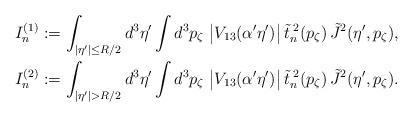
LaTeX: \begin{align*}I_n^{(1)} := \int_{|\eta'| \leq R/2} d^3 \eta' \int d^3 p_\zeta \; \bigl| V_{13}(\alpha' \eta')\bigr| \,{\tilde t}^{\; 2}_n (p_\zeta) \, {\tilde J}^2 (\eta', p_\zeta) , \\I_n^{(2)} := \int_{|\eta'|>R/2} d^3 \eta' \int d^3 p_\zeta \; \bigl| V_{13}(\alpha' \eta')\bigr| \,{\tilde t}^{\; 2}_n (p_\zeta) \, {\tilde J}^2 (\eta', p_\zeta) . \end{align*}